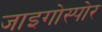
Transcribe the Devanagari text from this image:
जाइगोस्पोर